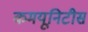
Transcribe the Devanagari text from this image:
कमयूनिटीस